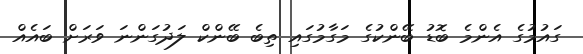
ގައުމުގެ އެންމެ ބޮޑު ބޭންކުގެ މަގާމުގައި ތިބެ ބޭންކް ލަދުގަންނަ ވަރަށް ބައެއް